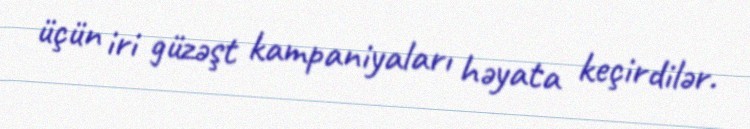
üçün iri güzəşt kampaniyaları həyata keçirdilər.